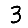
Digit: 3